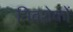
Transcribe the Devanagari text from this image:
निवशेकों